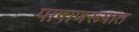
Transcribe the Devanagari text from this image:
पाषाणरूपात